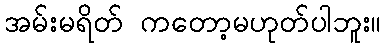
အမ်းမရိတ် ကတော့မဟုတ်ပါဘူး။